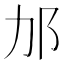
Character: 𬩳